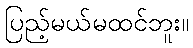
ပြည့်မယ်မထင်ဘူး။